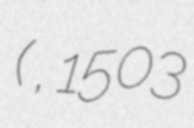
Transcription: (結城 政勝, 1503